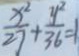
\frac { x ^ { 2 } } { 2 7 } + \frac { y ^ { 2 } } { 3 6 } = 1